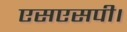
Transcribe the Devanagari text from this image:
एसएसपी।